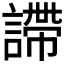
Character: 𧫚